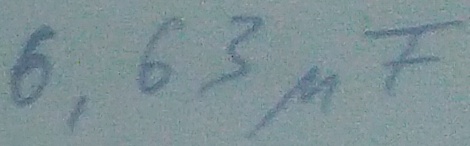
Text: 6,63µF